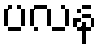
ပလန